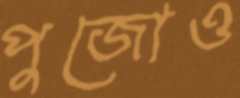
পুজোও